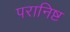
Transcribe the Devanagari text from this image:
परानिष्ट